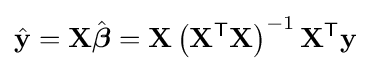
{\hat {\mathbf {y} }}=\mathbf {X} {\hat {\boldsymbol {\beta }}}=\mathbf {X} \left(\mathbf {X} ^{\textsf {T}}\mathbf {X} \right)^{-1}\mathbf {X} ^{\textsf {T}}\mathbf {y}